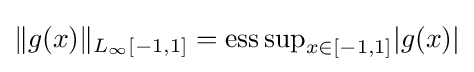
\|g(x)\|_{L_{\infty }[-1,1]}={\mathrm {ess} \sup }_{x\in [-1,1]}|g(x)|